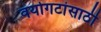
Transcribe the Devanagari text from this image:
वयोगटांसाठी